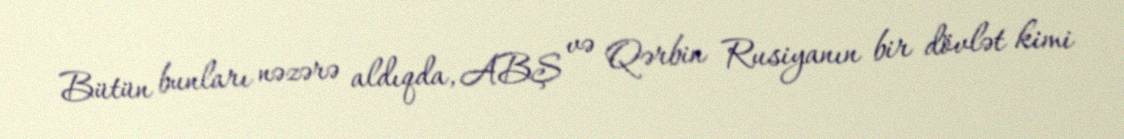
Bütün bunları nəzərə aldıqda, ABŞ və Qərbin Rusiyanın bir dövlət kimi